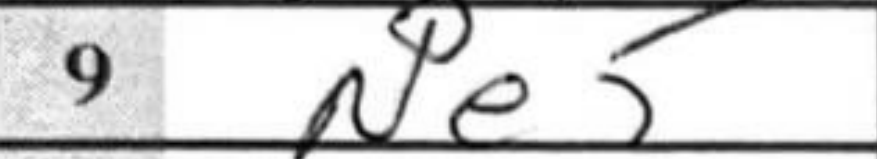
Transcription: Ne5